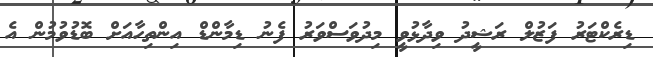
ޑިރެކްޓަރު ފަޒުލް ރަޝީދު ވިދާޅުވީ މިދުވަސްވަރު ފެނު ޑިމާންޑް އިންތިހާއަށް ބޮޑުވުމުން އެ